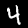
Digit: 4